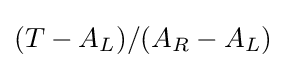
(T-A_{L})/(A_{R}-A_{L})